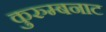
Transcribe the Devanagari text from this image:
कुरुम्बनाट